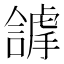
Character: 𧇵